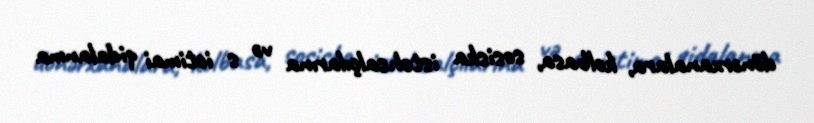
dönərxanalara, kolbasa, sosiska istehsalçılarına və s ictimai qidalanma